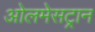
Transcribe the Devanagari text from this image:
ओलमेसट्रान